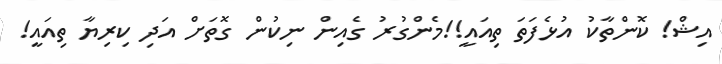
އިޝް! ކޮންތާކު އުޅެފަތަ ތިއަައީ!!މެންގުރު ގެއިން ނިކުން ގޮތަށް އަދި ކިރިޔާ ތިއައީ!